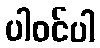
ပါဝင်ပါ